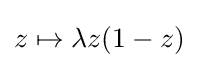
z\mapsto \lambda z(1-z)